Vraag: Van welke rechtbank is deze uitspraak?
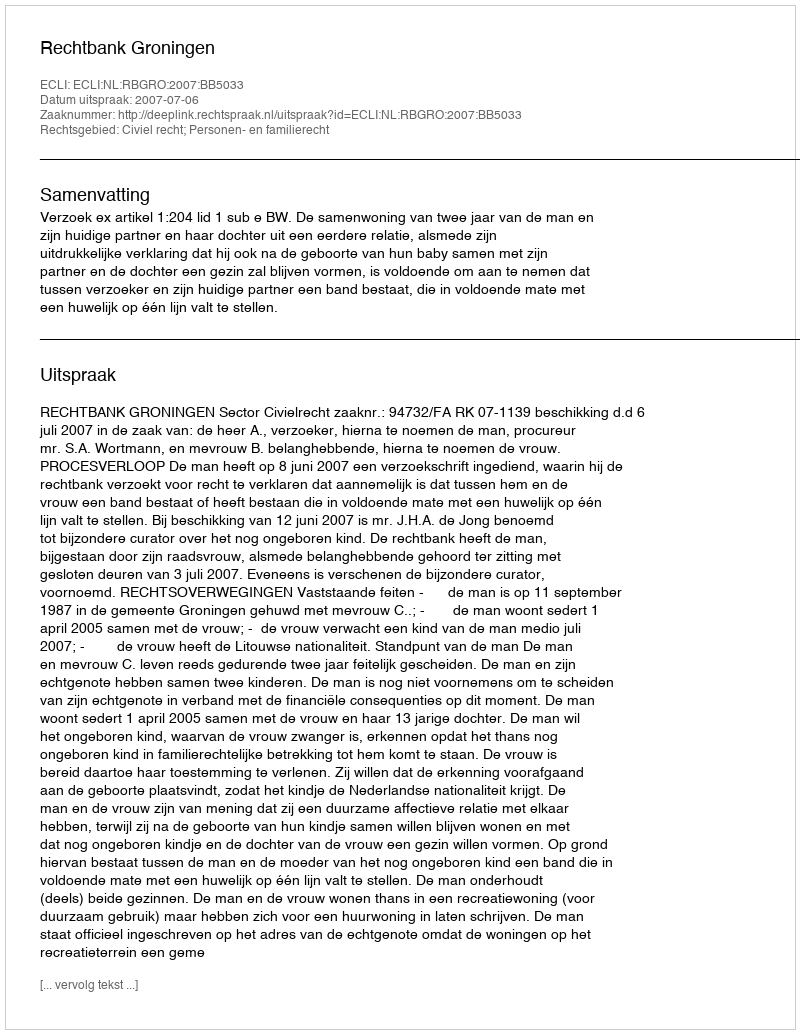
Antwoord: Rechtbank Groningen